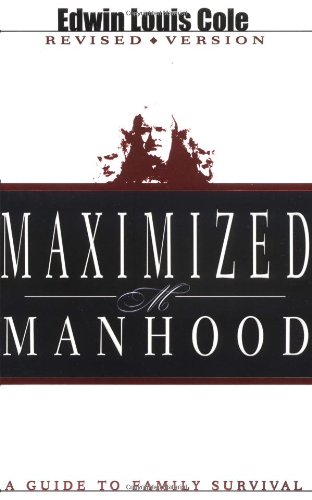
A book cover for Maximized Manhood; COLE EDWIN; Christian Books & Bibles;